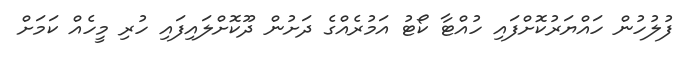
ފުލުހުން ހައްޔަރުކޮށްފައި ހުއްޓާ ކޯޓު އަމުރެއްގެ ދަށުން ދޫކޮށްލައިފައި ހުރި މީހެއް ކަމަށް